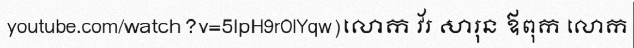
youtube.com/watch?v=5lpH9rOlYqw)លោក វ័រ សារុន ឪពុក លោក